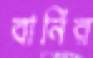
বার্নির